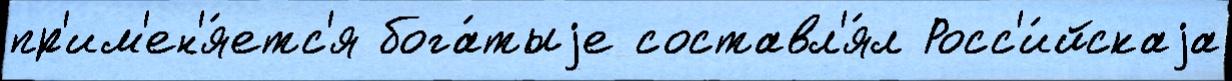
пр'им'ен'я́етс'я бога́тыjе составл'я́л Росс'и́йскаjа